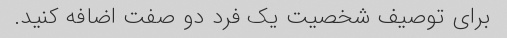
برای توصیف شخصیت یک فرد دو صفت اضافه کنید.